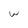
Character: w